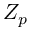
Z _ { p }